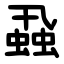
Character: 蝨